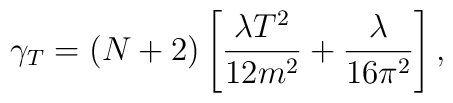
\gamma_{T}=(N+2)           \left[ \frac{\lambda T^{2}}{12 m^{2}}+                     \frac{\lambda}{16 \pi^{2}} \right],